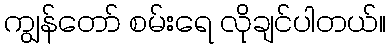
ကျွန်တော် စမ်းရေ လိုချင်ပါတယ်။